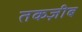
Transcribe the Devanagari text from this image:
तकज़ीब